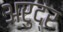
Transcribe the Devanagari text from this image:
अरुद्र